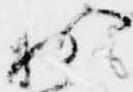
於